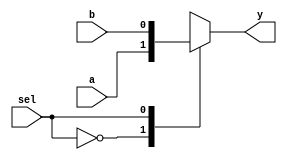
module mux(input a,input b,input sel,output reg y);

always @(a or b or sel) begin
	case(sel)
		0: begin
			y <= a;
		end
		1: begin
			y <= b;
		end
		default y <= a;
	endcase
end

endmodule